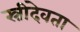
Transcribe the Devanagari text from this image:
स्त्रीदेवता